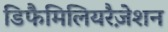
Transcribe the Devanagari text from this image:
डिफैमिलियरैज़ेशन